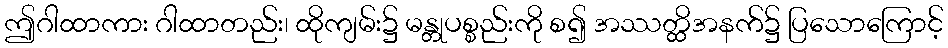
ဤဂါထာကား ဂါထာတည်း၊ ထိုကျမ်း၌ မန္တုပစ္စည်းကို စ၍ အဿတ္ထိအနက်၌ ပြသောကြောင့်